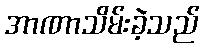
အာဏာသိမ်းခဲ့သည်